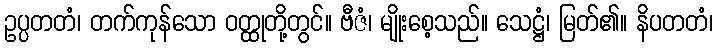
ဥပ္ပတတံ၊ တက်ကုန်သော ဝတ္ထုတို့တွင်။ ဗီဇံ၊ မျိုးစေ့သည်။ သေဋ္ဌံ၊ မြတ်၏။ နိပတတံ၊